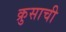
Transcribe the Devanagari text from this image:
क्रुसाची